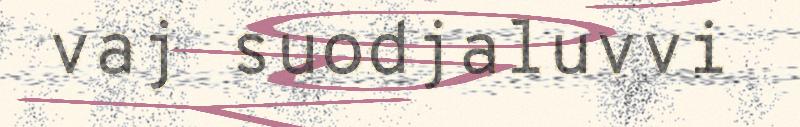
vaj suodjaluvvi